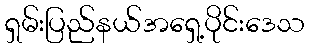
ရှမ်းပြည်နယ်အရှေ့ပိုင်းဒေသ